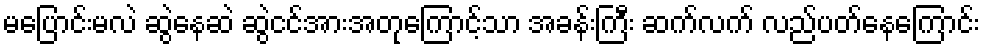
မပြောင်းမလဲ ဆွဲနေဆဲ ဆွဲငင်အားအတုကြောင့်သာ အခန်းကြီး ဆက်လက် လည်ပတ်နေကြောင်း